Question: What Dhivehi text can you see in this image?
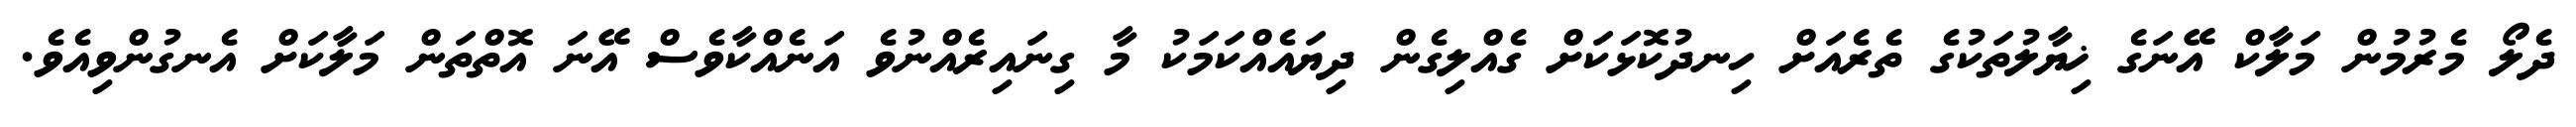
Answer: ދެލޯ މެރުމުން މަލާކް އޭނަގެ ޚިޔާލުތަކުގެ ތެރެއަށް ހިނދުކޮޅަކަށް ގެއްލިގެން ދިޔައެއްކަމަކު މާ ގިނައިރެއްނުވެ އަނެއްކާވެސް އޭނަ އޮތްތަން މަލާކަށް އެނގުންވިއެވެ.